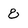
Character: 8